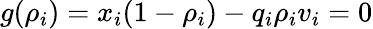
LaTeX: g(\rho_{i})=x_{i}(1-\rho_{i})-q_{i}\rho_{i}v_{i}=0